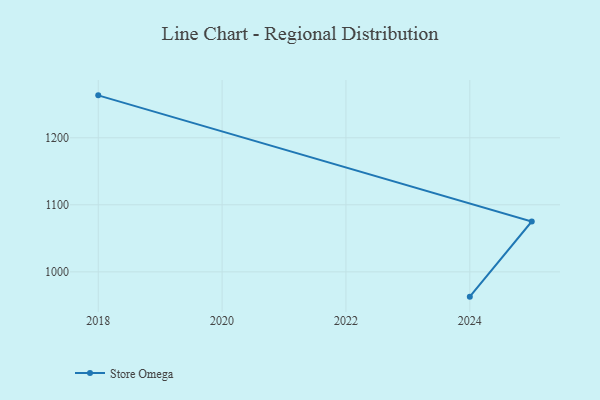
{"axis": {"x": "Year", "y": "Inventory Turnover"}, "legend": ["Store Omega"], "data": [{"x": "2024", "y": 963.0, "type": "Store Omega"}, {"x": "2025", "y": 1075.1, "type": "Store Omega"}, {"x": "2018", "y": 1263.3, "type": "Store Omega"}]}